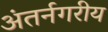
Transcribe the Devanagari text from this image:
अंतर्नगरीय